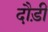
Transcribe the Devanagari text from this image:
दौड़ीं